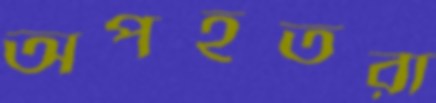
অপহূতরা